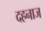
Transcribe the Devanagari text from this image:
दहनाज